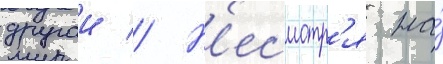
другои // Н'есмотр'я на́